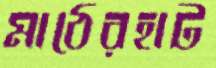
মাঠেরহাট